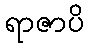
ရာဇာပိ